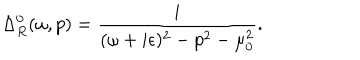
\Delta _ { R } ^ { 0 } ( \omega , p ) = \frac { i } { ( \omega + i \epsilon ) ^ { 2 } - p ^ { 2 } - \mu _ { 0 } ^ { 2 } } .